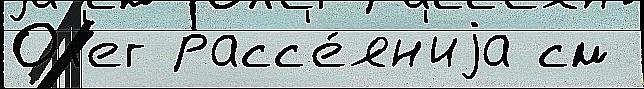
Ол'ег расс'е́ян'иjа см